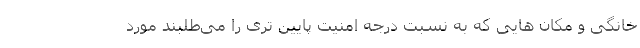
خانگی و مکان­ هایی که به نسبت درجه امنیت پایین ­تری را می‌طلبند مورد